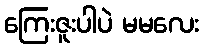
ကြေးဇူးပါပဲ မမလေး